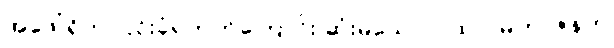
အဖေါ်ရှိက ငြင်းခုံရတတ်ကြောင်း ဆုံးမသော ဂါထာ၊ မဟာဇနက